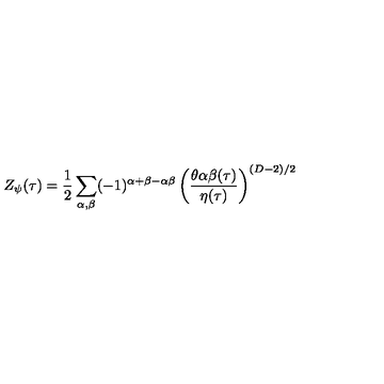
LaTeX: Z _ { \psi } ( \tau ) = { \frac { 1 } { 2 } } \sum _ { \alpha , \beta } ( - 1 ) ^ { \alpha + \beta - \alpha \beta } \left( { \frac { \theta { \binom { \alpha } { \beta } } ( \tau ) } { \eta ( \tau ) } } \right) ^ { ( D - 2 ) / 2 }